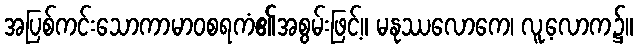
အပြစ်ကင်းသောကာမာဝစရကံ၏အစွမ်းဖြင့်။ မနုဿလောကေ၊ လူ့လောက၌။